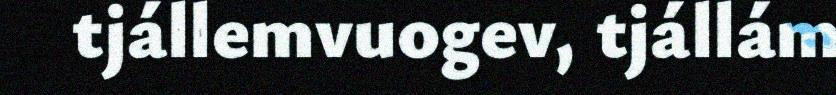
tjállemvuogev, tjállám